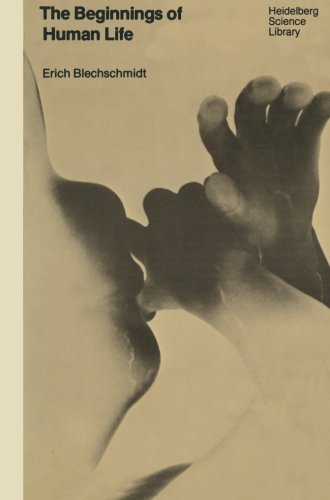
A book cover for The Beginnings of Human Life (Heidelberg Science Library); E. Blechschmidt; Medical Books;